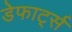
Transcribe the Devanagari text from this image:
डेफार्ट्स